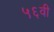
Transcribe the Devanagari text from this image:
५६वी